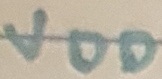
Text: VDD